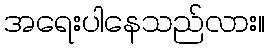
အရေးပါနေသည်လား။